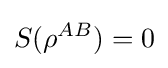
S(\rho ^{AB})=0